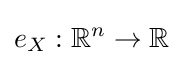
e_{X}:\mathbb {R} ^{n}\to \mathbb {R}